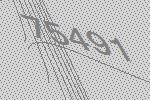
75491